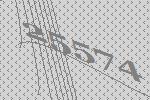
25574